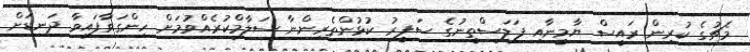
މެޗުގެ ކުރިން ރައީސް ޔާމީނާއި ފަލަސްތީނުގެ ސަފީރު ކުޅުންތެރިންނާ ސަލާމްކުރެއްވުމަށް ހިންގަވާފައިވާ ދަނޑަށް